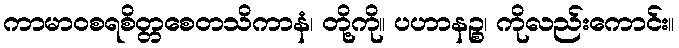
ကာမာဝစရစိတ္တစေတသိကာနံ၊ တို့ကို။ ပဟာနဉ္စ၊ ကိုလည်းကောင်း။